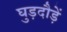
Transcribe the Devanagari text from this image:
घुड़दौड़ें